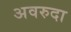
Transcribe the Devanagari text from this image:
अवरुदा